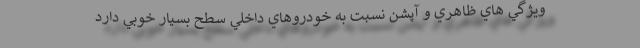
ويژگي هاي ظاهري و آپشن نسبت به خودروهاي داخلي سطح بسيار خوبي دارد